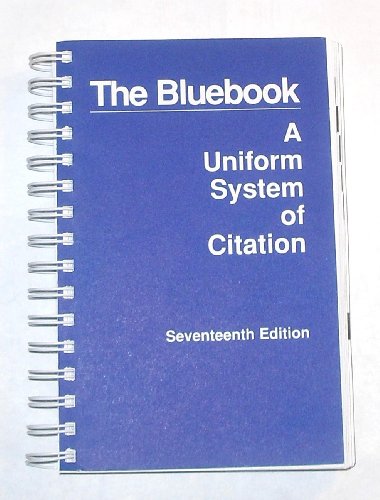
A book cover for The Bluebook: a Uniform System of Citation; harvard law review association; Law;